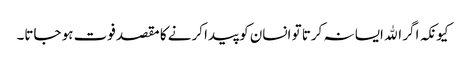
کیونکہ اگر الله ایسا نہ کرتا تو انسان کو پیدا کرنے کا مقصد فوت ہو جاتا۔